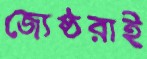
জ্যেষ্ঠরাই